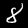
Label: 8